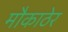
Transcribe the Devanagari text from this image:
मौकाठेर